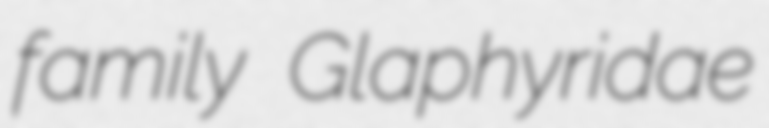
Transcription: family Glaphyridae